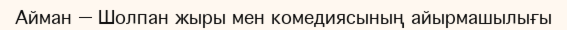
Айман — Шолпан жыры мен комедиясының айырмашылығы